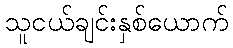
သူငယ်ချင်းနှစ်ယောက်